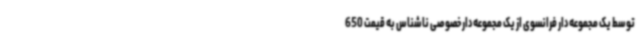
توسط یک مجموعه‌دار فرانسوی از یک مجموعه‌دار خصوصی ناشناس به قیمت 650